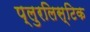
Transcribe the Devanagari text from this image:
प्लुरलिस्टिक